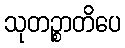
သုတဉ္စာတိပေ